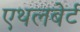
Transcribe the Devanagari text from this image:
एथलबेर्ट